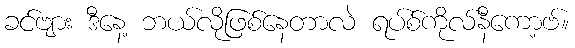
ခင်ဗျား ဒီနေ့ ဘယ်လိုဖြစ်နေတာလဲ ရပ်စ်ကိုလ်နီကော့ဗ်။